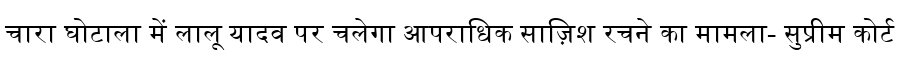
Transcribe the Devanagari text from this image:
चारा घोटाला में लालू यादव पर चलेगा आपराधिक साज़िश रचने का मामला- सुप्रीम कोर्ट